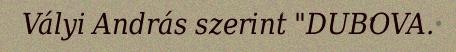
Vályi András szerint "DUBOVA.